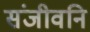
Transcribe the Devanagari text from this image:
संजीवनि